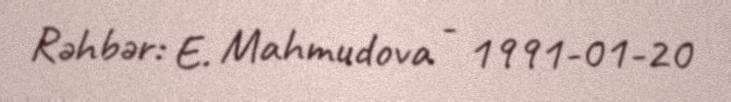
Rəhbər: E. Mahmudova - 1991-01-20